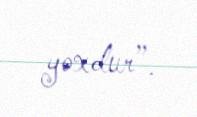
yoxdur”.